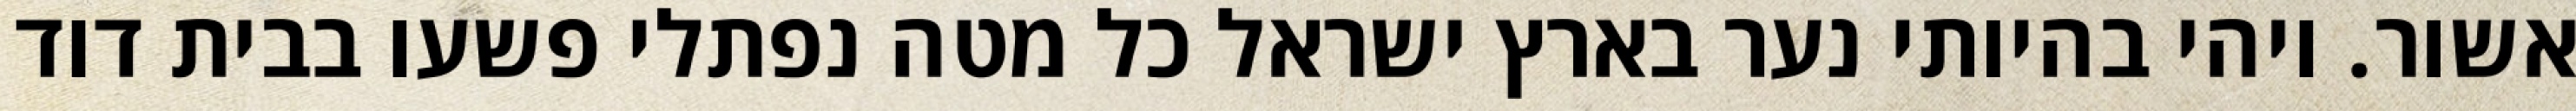
אשור. ויהי בהיותי נער בארץ ישראל כל מטה נפתלי פשעו בבית דוד